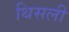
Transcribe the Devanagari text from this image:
थिसली